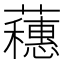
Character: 𬟘